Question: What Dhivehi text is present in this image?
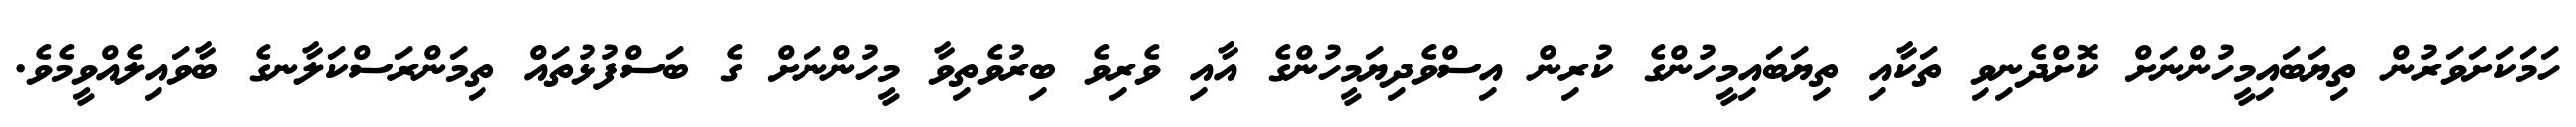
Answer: ހަމަކަށަވަރުން ތިޔަބައިމީހުންނަށް ކޮށްދެނިވި ތަކާއި ތިޔަބައިމީހުންގެ ކުރިން އިސްވެދިޔަމީހުންގެ އާއި ވެރިވެ ބިރުވެތިވާ މީހުންނަށް ގެ ބަސްފުޅުތައް ތިމަންރަސްކަލާނގެ ބާވައިލެއްވީމެވެ.